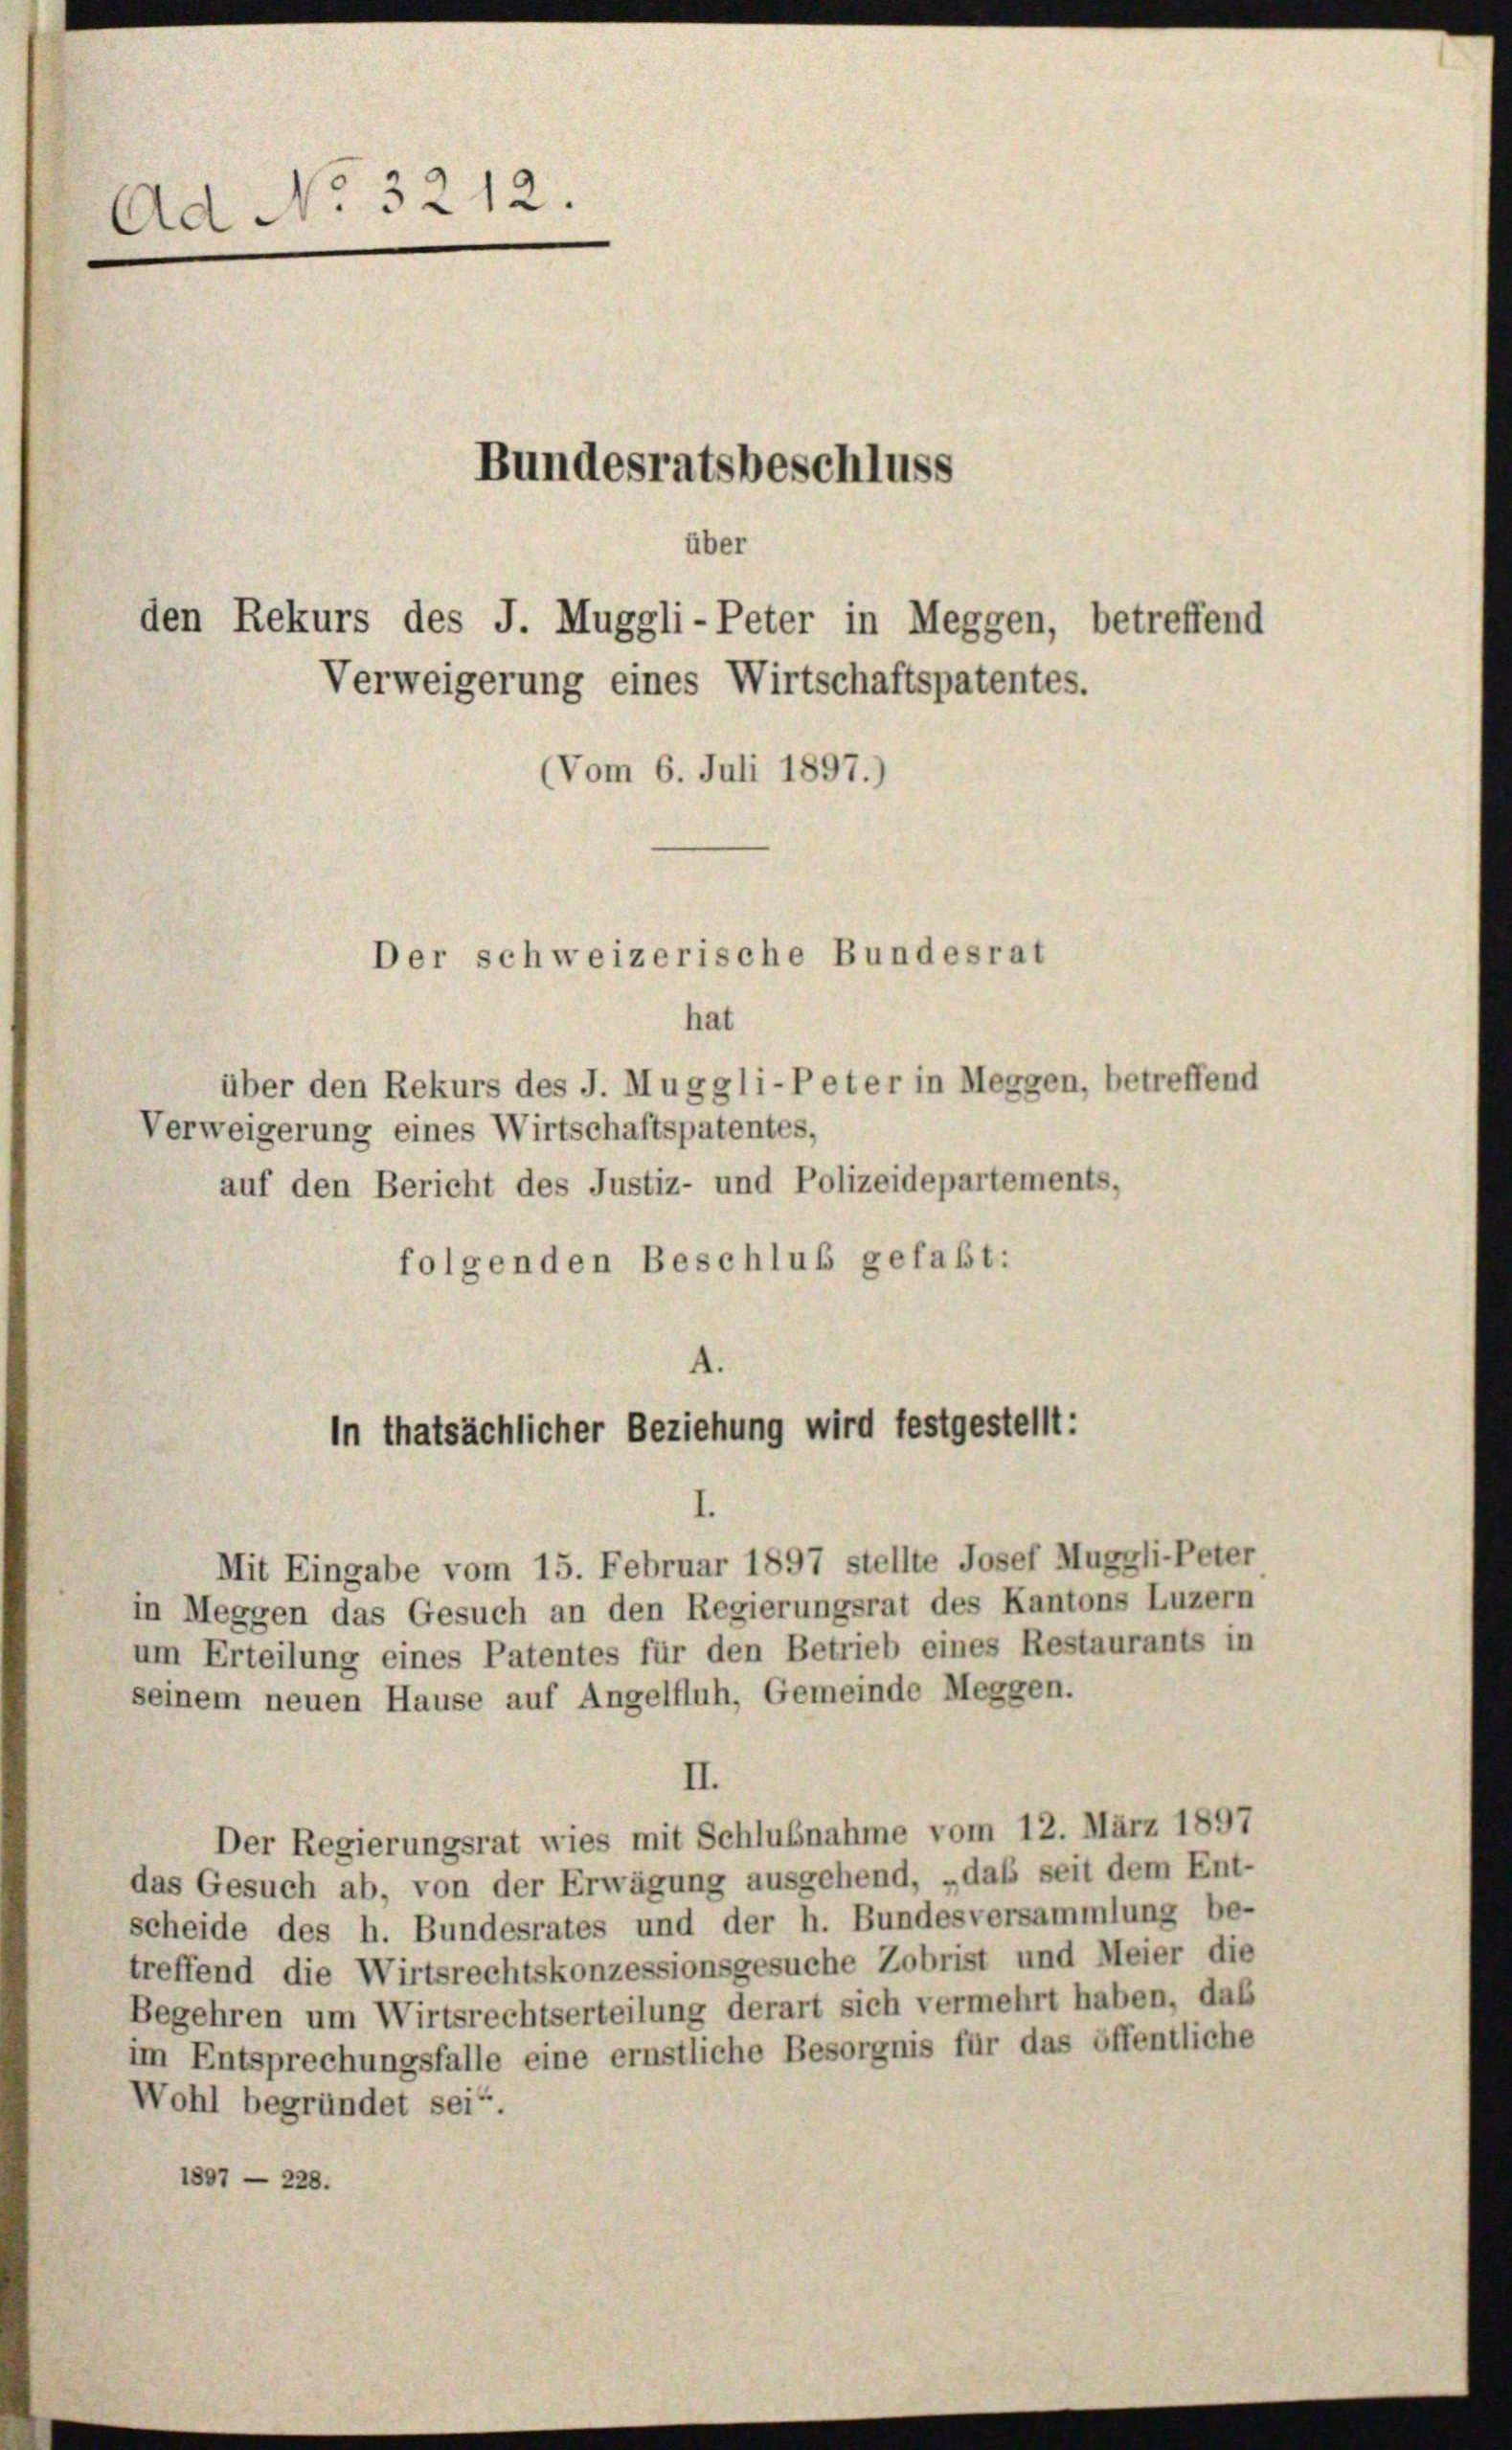
Ad No 3212.
Bundesratsbeschluss
über
den Rekurs des J. Muggli-Peter in Meggen, betreffend
Verweigerung eines Wirtschaftspatentes.

(Vom 6. Juli 1897.)

Der schweizerische Bundesrat

4
In thatsächlicher Beziehung wird festgestellt:

hat
über den Rekurs des J. Muggli-Peter in Meggen, betreffend
Verweigerung eines Wirtschaftspatentes,
auf den Bericht des Justiz- und Polizeidepartements,
folgenden Beschluß gefaßt:

I.
Mit Eingabe vom 15. Februar 1897 stellte Josef Muggli-Peter
in Meggen das Gesuch an den Regierungsrat des Kantons Luzern
um Erteilung eines Patentes für den Betrieb eines Restaurants in
seinem neuen Hause auf Angelfluh, Gemeinde Meggen.
II.
Der Regierungsrat wies mit Schlußnahme vom 12. März 1897
das Gesuch ab, von der Erwägung ausgehend, „daß seit dem Ent-
scheide des h. Bundesrates und der h. Bundesversammlung be-
treffend die Wirtsrechtskonzessionsgesuche Zobrist und Meier die
Begehren um Wirtsrechtserteilung derart sich vermehrt haben, daß
im Entsprechungsfalle eine ernstliche Besorgnis für das öffentliche
Wohl begründet sei“.
1807 - 228.